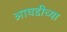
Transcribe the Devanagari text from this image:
आघडीच्या